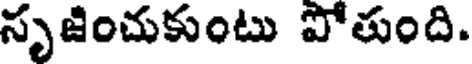
సృజించుకుంటు పోతుంది.